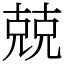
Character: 兢